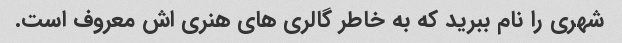
شهری را نام ببرید که به خاطر گالری های هنری اش معروف است.